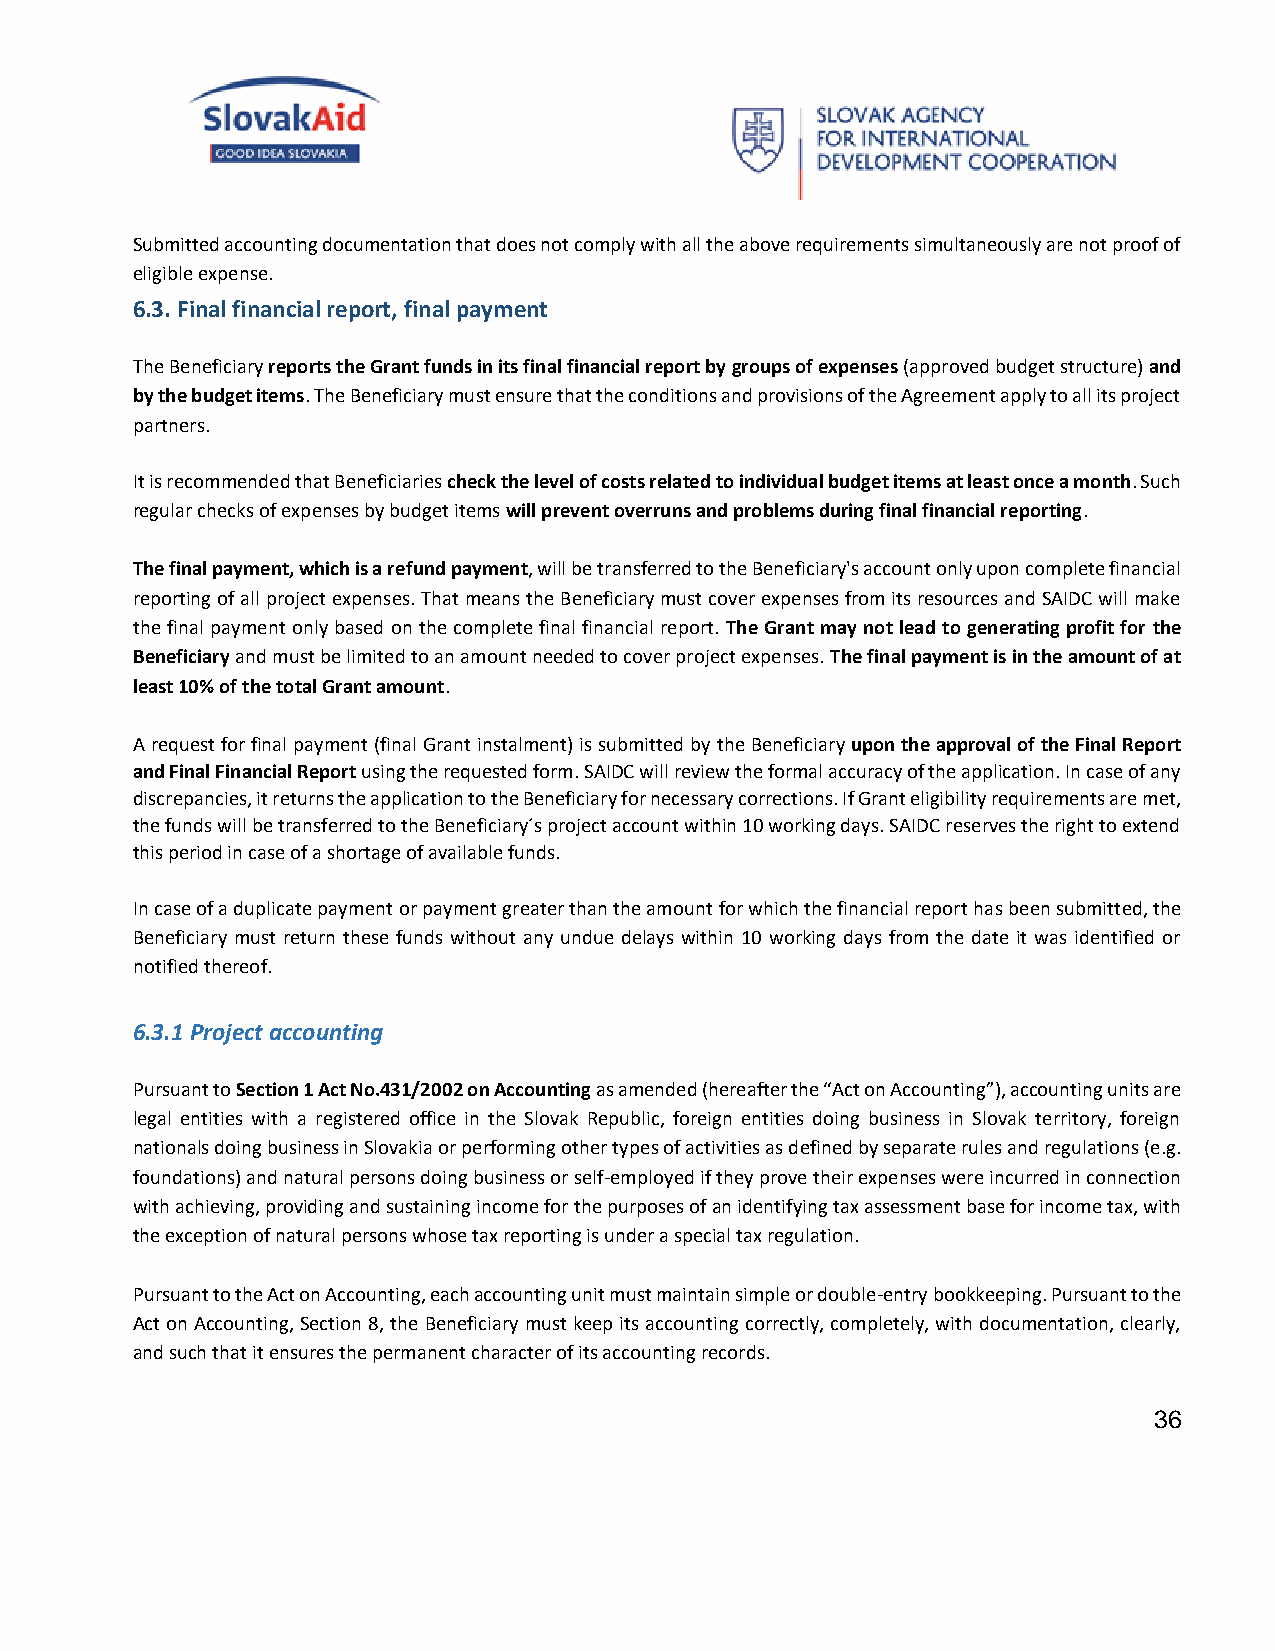
Submitted accounting documentation that does not comply with all the above requirements simultaneously are not proof of
 eligible expense.
 6.3. Final financial report, final payment
 The Beneficiary reports the Grant funds in its final financial report by groups of expenses (approved budget structure) and
 by the budget items. The Beneficiary must ensure that the conditions and provisions of the Agreement apply to all its project
 partners.
 It is recommended that Beneficiaries check the level of costs related to individual budget items at least once a month. Such
 regular checks of expenses by budget items will prevent overruns and problems during final financial reporting.
 The final payment, which is a refund payment, will be transferred to the Beneficiary's account only upon complete financial
 reporting of all project expenses. That means the Beneficiary must cover expenses from its resources and SAIDC will make
 the final payment only based on the complete final financial report. The Grant may not lead to generating profit for the
 Beneficiary and must be limited to an amount needed to cover project expenses. The final payment is in the amount of at
 least 10% of the total Grant amount.
 A request for final payment (final Grant instalment) is submitted by the Beneficiary upon the approval of the Final Report
 and Final Financial Report using the requested form. SAIDC will review the formal accuracy of the application. In case of any
 discrepancies, it returns the application to the Beneficiary for necessary corrections. If Grant eligibility requirements are met,
 the funds will be transferred to the Beneficiary´s project account within 10 working days. SAIDC reserves the right to extend
 this period in case of a shortage of available funds.
 In case of a duplicate payment or payment greater than the amount for which the financial report has been submitted, the
 Beneficiary must return these funds without any undue delays within 10 working days from the date it was identified or
 notified thereof.
 6.3.1 Project accounting
 Pursuant to Section 1 Act No.431/2002 on Accounting as amended (hereafter the “Act on Accounting”), accounting units are
 legal entities with a registered office in the Slovak Republic, foreign entities doing business in Slovak territory, foreign
 nationals doing business in Slovakia or performing other types of activities as defined by separate rules and regulations (e.g.
 foundations) and natural persons doing business or self-employed if they prove their expenses were incurred in connection
 with achieving, providing and sustaining income for the purposes of an identifying tax assessment base for income tax, with
 the exception of natural persons whose tax reporting is under a special tax regulation.
 Pursuant to the Act on Accounting, each accounting unit must maintain simple or double-entry bookkeeping. Pursuant to the
 Act on Accounting, Section 8, the Beneficiary must keep its accounting correctly, completely, with documentation, clearly,
 and such that it ensures the permanent character of its accounting records.
 36